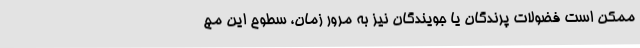
ممکن است فضولات پرندگان یا جویندگان نیز به مرور زمان، سطوح این مج